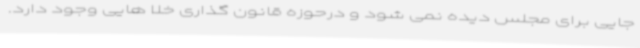
جایی برای مجلس دیده نمی شود و درحوزه قانون گذاری خلا هایی وجود دارد.